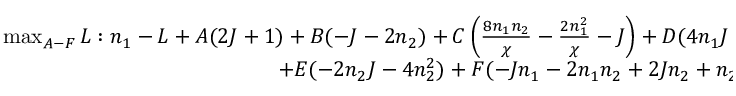
\begin{array} { r } { \operatorname* { m a x } _ { A - F } L : n _ { 1 } - L + A ( 2 J + 1 ) + B ( - J - 2 n _ { 2 } ) + C \left( \frac { 8 n _ { 1 } n _ { 2 } } { \chi } - \frac { 2 n _ { 1 } ^ { 2 } } { \chi } - J \right) + D ( 4 n _ { 1 } J + 4 n _ { 1 } ) + } \\ { + E ( - 2 n _ { 2 } J - 4 n _ { 2 } ^ { 2 } ) + F ( - J n _ { 1 } - 2 n _ { 1 } n _ { 2 } + 2 J n _ { 2 } + n _ { 2 } ) \in S o S . } \end{array}